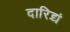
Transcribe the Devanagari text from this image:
दारिद्र्यं